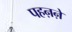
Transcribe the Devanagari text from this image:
पहऩऩे